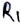
Text: R1